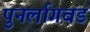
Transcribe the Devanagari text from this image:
पुनर्लागवड